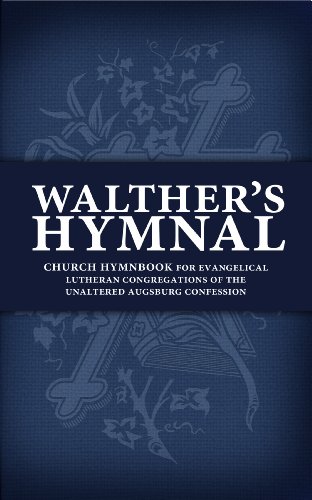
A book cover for Walther's Hymnal: Church Hymnbook for Evangelical Lutheran Congregations of the Unaltered Augsburg Confession; Matthew Carver; Christian Books & Bibles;